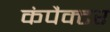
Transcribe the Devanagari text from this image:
कंपैक्टर